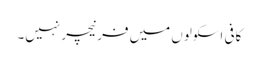
کافی اسکولوں میں فرنیچر نہیں۔